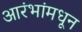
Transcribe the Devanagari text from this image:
आरंभांमधून